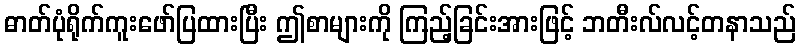
ဓာတ်ပုံရိုက်ကူးဖော်ပြထားပြီး ဤစာများကို ကြည့်ခြင်းအားဖြင့် ဘတီးလ်လင့်တနာသည်